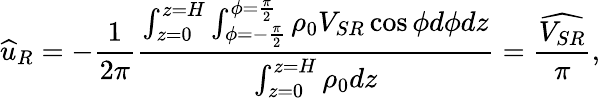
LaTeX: \widehat{u}_{R}=-\frac{1}{2\pi}\frac{\int_{z=0}^{z=H}\int_{\phi=-\frac{\pi}{2}}^{\phi=\frac{\pi}{2}}\rho_{0}V_{SR}\cos{\phi}d\phi dz}{\int_{z=0}^{z=H}\rho_{0}dz}=\frac{\widehat{V_{SR}}}{\pi},